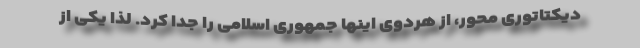
دیکتاتوری محور، از هردوی اینها جمهوری اسلامی را جدا کرد. لذا یکی از